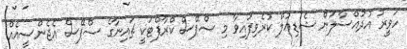
ހަވީރު އުދުއްސާލަން ޝެޑިއުލް ކުރެވިފައިވާ މި ސްޕޭސް ކްރާފްޓަކީ ޗައިނާގެ ސްޕޭސް އެޖެންސީއެއް